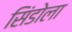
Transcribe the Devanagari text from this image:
सिंडोला